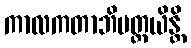
ကာလကတာဘိပတ္ထယိန္တိ